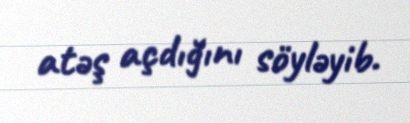
atəş açdığını söyləyib.